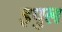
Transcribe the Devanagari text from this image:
इपुल